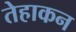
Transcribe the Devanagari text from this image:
तेहाकन